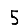
Digit: 5